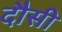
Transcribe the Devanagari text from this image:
दौसी